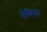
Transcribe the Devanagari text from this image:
नेणिवा